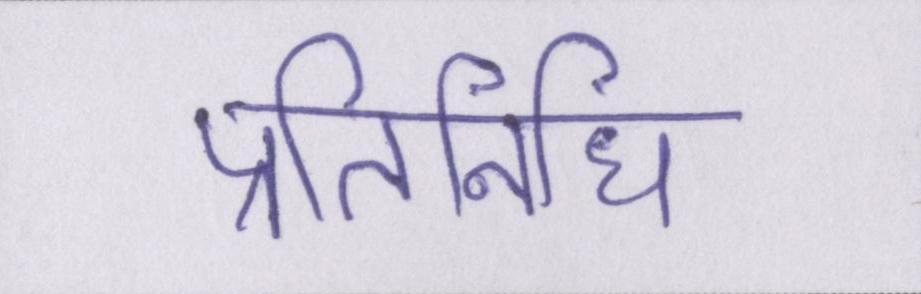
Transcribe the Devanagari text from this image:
प्रतिनिधि